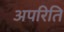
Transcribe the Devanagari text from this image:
अपरिति